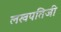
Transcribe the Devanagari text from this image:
लखपतिजी